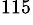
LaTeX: ^\mathrm{115}